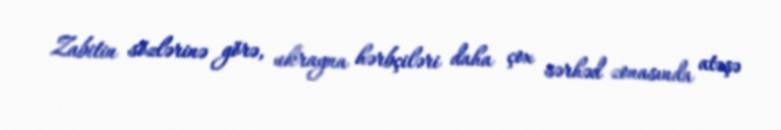
Zabitin sözlərinə görə, ukrayna hərbçiləri daha çox sərhəd zonasında atəşə